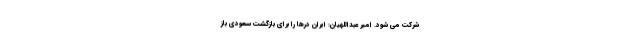
شرکت می شود. امیر عبداللهیان: ایران درها را برای بازگشت سعودی باز